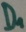
Text: D1